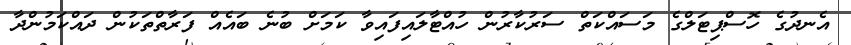
އެނދުގެ ހޮސްޕިޓަލްގެ މަސައްކަތް ސަރުކާރުން ހުއްޓާލައިފައިވާ ކަމަށް ބުނެ ބައެއް ފަރާތްތަކުން ދައްކަމުންދާ